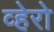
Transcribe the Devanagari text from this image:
व्हेरो